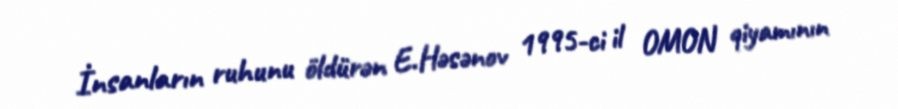
İnsanların ruhunu öldürən E.Həsənov 1995-ci il OMON qiyamının